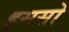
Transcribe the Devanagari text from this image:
इससो